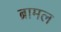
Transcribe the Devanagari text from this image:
ब्रामल